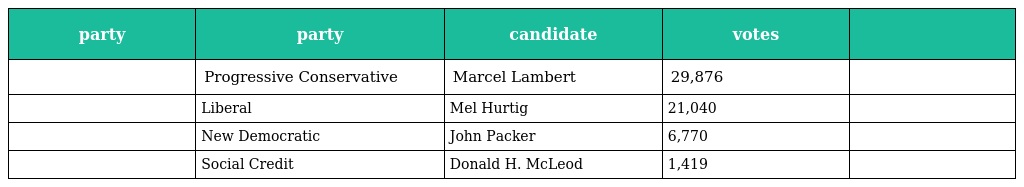
| party | party | candidate | votes |  |
 | --- | --- | --- | --- | --- |
 |  | Progressive Conservative | Marcel Lambert | 29,876 |  |
 |  | Liberal | Mel Hurtig | 21,040 |  |
 |  | New Democratic | John Packer | 6,770 |  |
 |  | Social Credit | Donald H. McLeod | 1,419 |  |